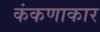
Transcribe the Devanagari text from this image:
कंकणाकार